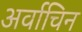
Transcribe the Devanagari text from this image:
अर्वाचिन